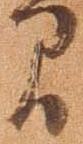
間